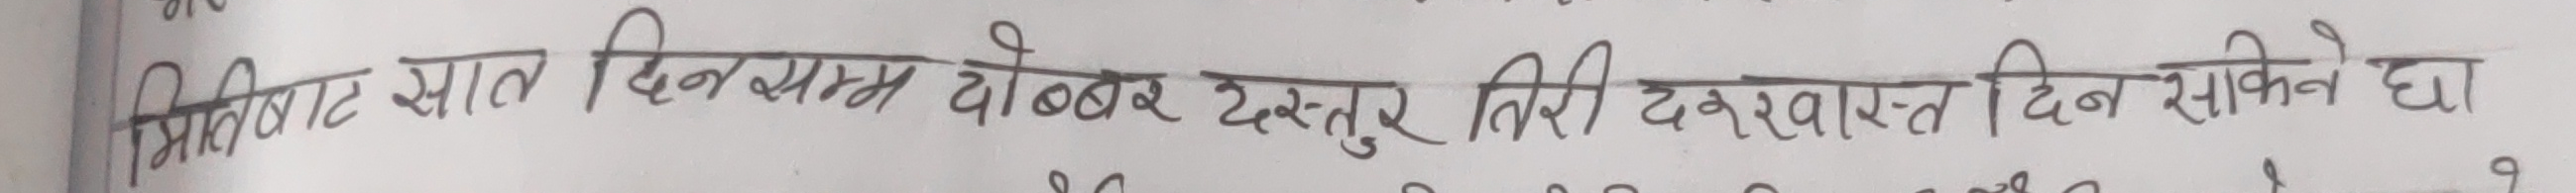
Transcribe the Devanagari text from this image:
मितिबाट सात दिनसम्म दोब्बर दस्तुर तिरी दरखास्त दिन सकिने छ।